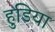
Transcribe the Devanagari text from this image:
हुडिया